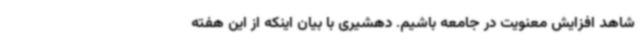
شاهد افزایش معنویت در جامعه باشیم. دهشیری با بیان اینکه از این هفته